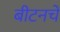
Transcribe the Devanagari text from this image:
बीटनचे